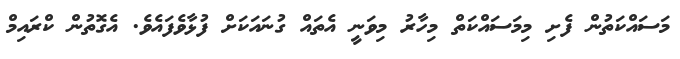
މަސައްކަތުން ފެށި މިމަސައްކަތް މިހާރު މިވަނީ އެތައް ގުނައަކަށް ފުޅާވެފައެވެ. އެގޮތުން ކްރައިމް